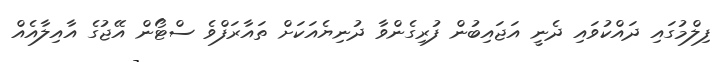
ފިލްމުގައި ދައްކުވައި ދެނީ އަޖައިބުން ފުރިގެންވާ ދުނިޔެއަކަށް ތައާރަފްވެ ސްޓޯން އޭޖުގެ އާއިލާއެއް